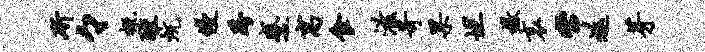
斫々概醺炕侵跨蹙寓食滋苛果坦檄哀常返芽